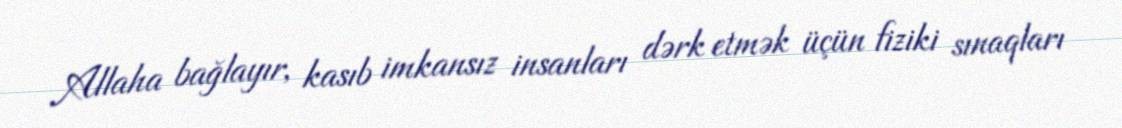
Allaha bağlayır, kasıb imkansız insanları dərk etmək üçün fiziki sınaqları